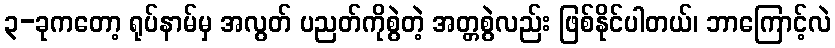
၃-ခုကတော့ ရုပ်နာမ်မှ အလွတ် ပညတ်ကိုစွဲတဲ့ အတ္တစွဲလည်း ဖြစ်နိုင်ပါတယ်၊ ဘာကြောင့်လဲ